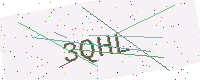
Text: 3QHL